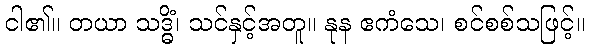
ငါ၏။ တယာ သဒ္ဓိံ၊ သင်နှင့်အတူ။ နုန ဧကံသေ၊ စင်စစ်သဖြင့်။